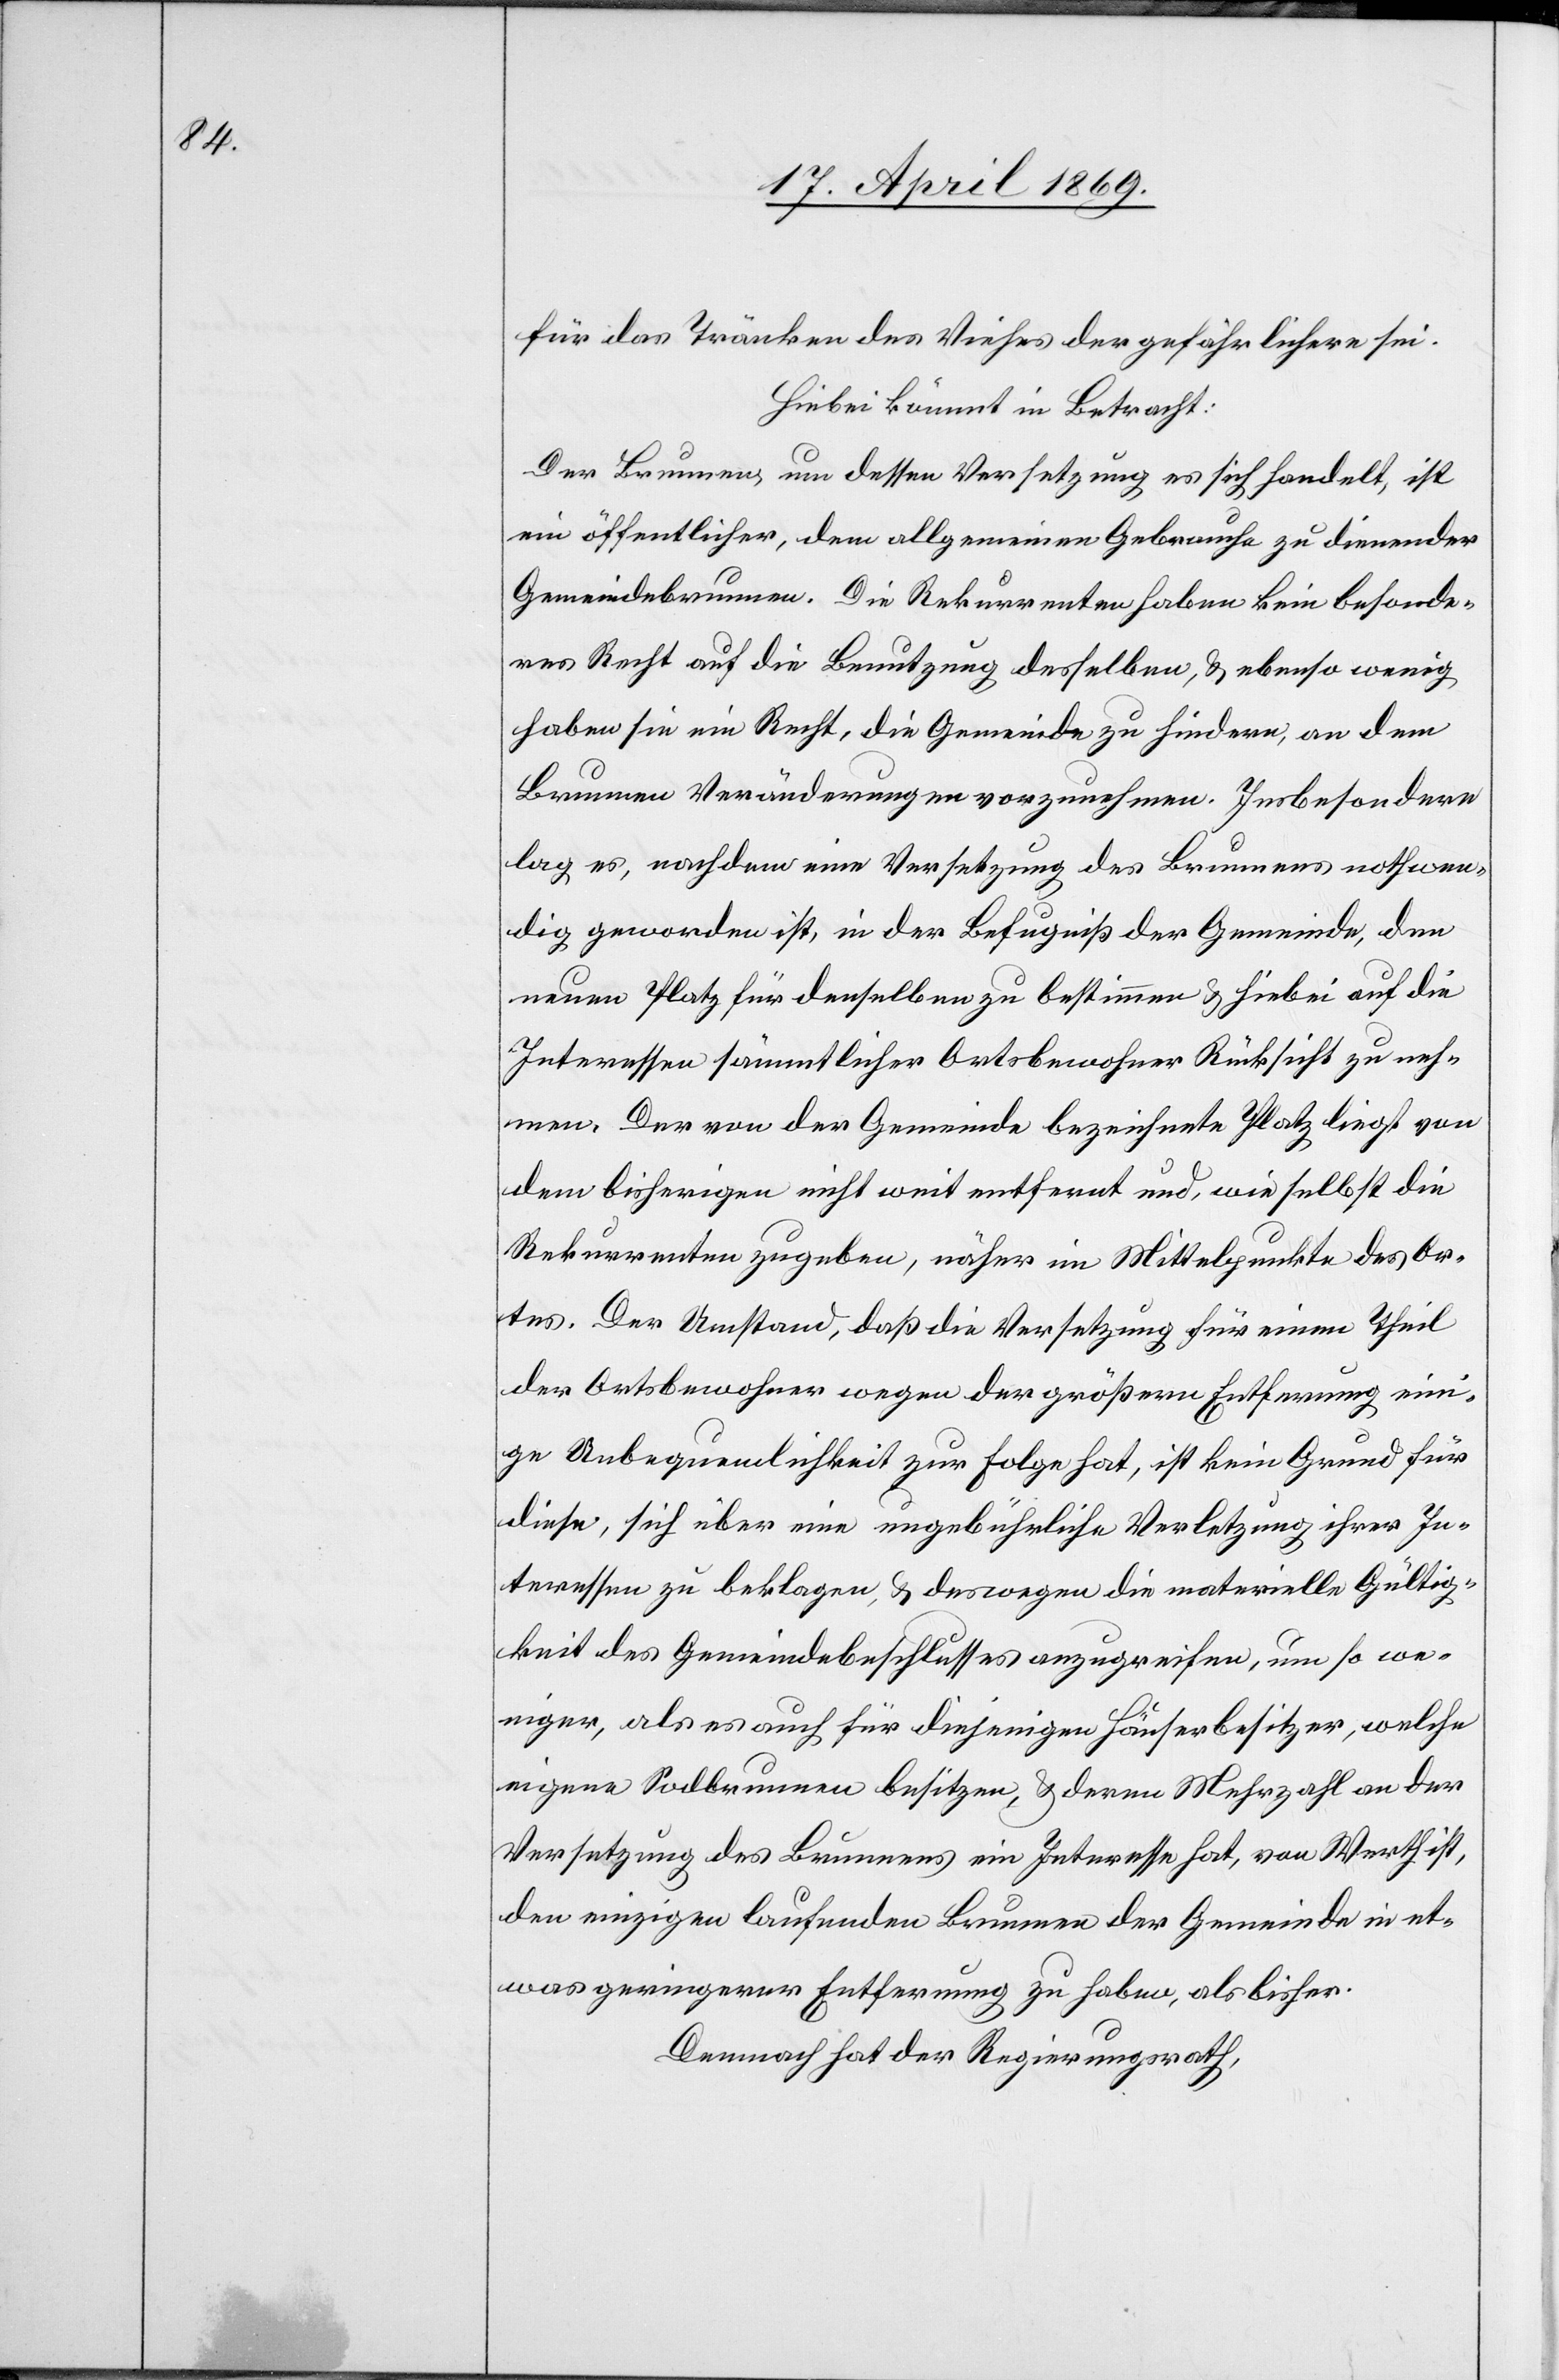
für das Tränken des Viehes der gefährlichere sei.
Hiebei kommt in Betracht:
Der Brunnen um dessen Versetzung es sich handelt, ist
ein öffentlicher, dem allgemeinen Gebrauche zu dienender
Gemeindebrunnen. Die Rekurrenten haben kein besonde¬
res Recht auf die Benutzung desselben, u. ebenso wenig
haben sie ein Recht, die Gemeinde zu hindern, an dem
Brunnen Veränderungen vorzunehmen. Insbesondere
lag es, nachdem eine Versetzung des Brunnens nothwen¬
dig geworden ist, in der Befugniß der Gemeinde, den
neuen Platz für denselben zu bestimmen u. hiebei auf die
Interessen sämmtlicher Ortsbewohner Rücksicht zu neh¬
men. Der von der Gemeinde bezeichnete Platz liegt von
dem bisherigen nicht weit entfernt und, wie selbst die
Rekurrenten zugeben, näher im Mittelpunkte des Or¬
tes. Der Umstand, daß die Versetzung für einen Theil
der Ortsbewohner wegen der größern Entfernung eini¬
ge Unbequemlichkeit zur Folge hat, ist kein Grund für
diese, sich über eine ungebührliche Verletzung ihrer In¬
teressen zu beklagen, u. deswegen die materielle Gültig¬
keit des Gemeindebeschlusses anzugreifen, um so we¬
niger, als es auch für diejenigen Häuserbesitzer, welche
eigene Sodbrunnen besitzen, u. deren Mehrzahl an der
Versetzung des Brunnens ein Interesse hat, von Werth ist,
den einzigen laufenden Brunnen der Gemeinde in et¬
was geringerer Entfernung zu haben, als bisher.
Demnach hat der Regierungsrath,